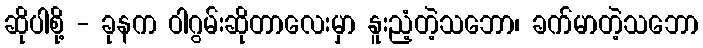
ဆိုပါစို့ - ခုနက ဝါဂွမ်းဆိုတာလေးမှာ နူးညံ့တဲ့သဘော၊ ခက်မာတဲ့သဘော